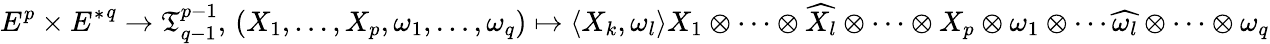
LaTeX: E^{p}\times{E^{*}}^{q}\to{\mathfrak{T}}_{q-1}^{p-1},\, (X_{1},\dots,X_{p},\omega_{1},\dots,\omega_{q})\mapsto\langle X_{k},\omega_{l}\rangle X_{1}\otimes\cdots\otimes{\widehat{X_{l}}}\otimes\cdots\otimes X_{p}\otimes\omega_{1}\otimes\cdots{\widehat{\omega_{l}}}\otimes\cdots\otimes\omega_{q}